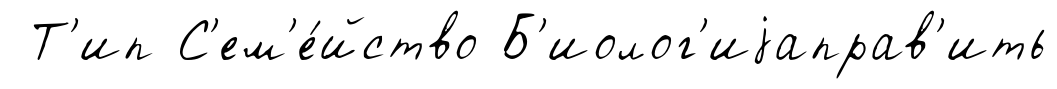
Т'ип С'ем'е́йство Б'иолог'иjаправ'ить